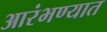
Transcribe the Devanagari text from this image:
आरंभण्यात